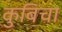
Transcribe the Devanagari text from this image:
कुबिचा